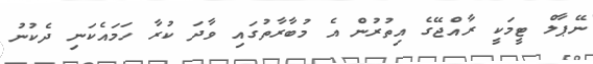
ނޭޕާލް ޓީމަކީ ރާއްޖޭގެ އިތުރުން އެ މުބާރާތުގައި ވާދަ ކުރާ ހަމައެކަނި ދެކުނު